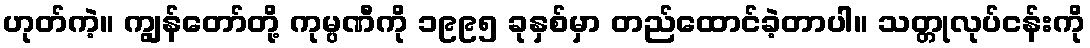
ဟုတ်ကဲ့။ ကျွန်တော်တို့ ကုမ္ပဏီကို ၁၉၉၅ ခုနှစ်မှာ တည်ထောင်ခဲ့တာပါ။ သတ္တုလုပ်ငန်းကို